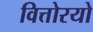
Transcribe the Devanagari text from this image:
वित्तोरयो